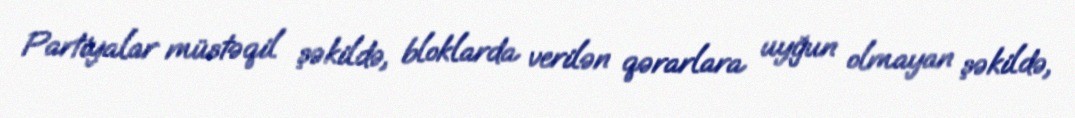
Partiyalar müstəqil şəkildə, bloklarda verilən qərarlara uyğun olmayan şəkildə,